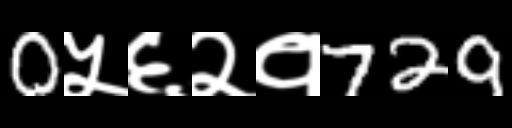
Text: 0५६२१729